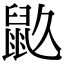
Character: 𪔼